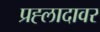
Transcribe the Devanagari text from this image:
प्रह्लादावर